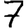
Digit: 7